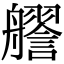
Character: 𧭔